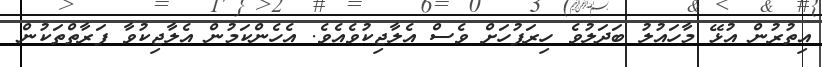
އިތުރުން އުޅޭ މާހައުލު ބަދަލުވެ ހިރަފުހަށް ވެސް އެލާޖިކުވެއެވެ. އެހެންކަމުން އެލާޖިކުވާ ފަރާތްތަކުން